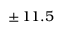
\pm \, 1 1 . 5